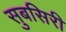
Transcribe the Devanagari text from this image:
सुबसिरी